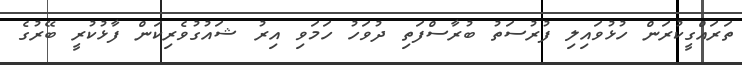
ތަރައްގީކުރަން ހުޅުވައިލި ފުރުސަތު ބުރާސްފަތި ދުވަހު ހަމަވި އިރު ޝައުގުވެރިކަން ފާޅުކުރީ ބޭރުގެ